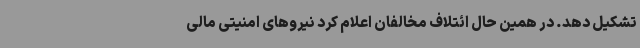
تشکیل دهد. در همین حال ائتلاف مخالفان اعلام کرد نیروهای امنیتی مالی